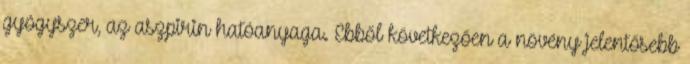
gyógyszer, az aszpirin hatóanyaga. Ebből következően a növény jelentősebb